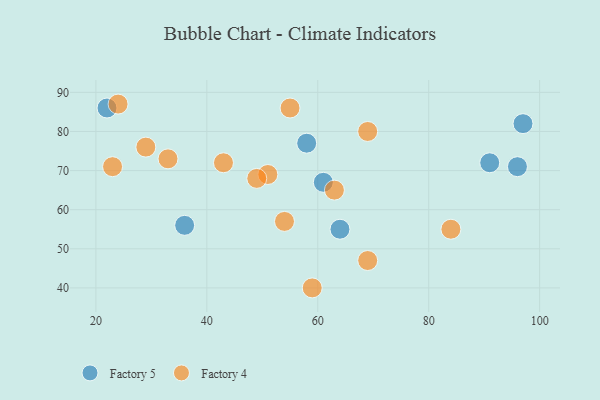
{"axis": {"x": "GDP", "y": "Life Expectancy"}, "legend": ["Factory 4", "Factory 5"], "data": [{"x": "64", "y": 55, "type": "Factory 5"}, {"x": "96", "y": 71, "type": "Factory 5"}, {"x": "36", "y": 56, "type": "Factory 5"}, {"x": "22", "y": 86, "type": "Factory 5"}, {"x": "61", "y": 67, "type": "Factory 5"}, {"x": "58", "y": 77, "type": "Factory 5"}, {"x": "97", "y": 82, "type": "Factory 5"}, {"x": "91", "y": 72, "type": "Factory 5"}, {"x": "24", "y": 87, "type": "Factory 4"}, {"x": "84", "y": 55, "type": "Factory 4"}, {"x": "55", "y": 86, "type": "Factory 4"}, {"x": "54", "y": 57, "type": "Factory 4"}, {"x": "51", "y": 69, "type": "Factory 4"}, {"x": "29", "y": 76, "type": "Factory 4"}, {"x": "49", "y": 68, "type": "Factory 4"}, {"x": "59", "y": 40, "type": "Factory 4"}, {"x": "23", "y": 71, "type": "Factory 4"}, {"x": "63", "y": 65, "type": "Factory 4"}, {"x": "69", "y": 47, "type": "Factory 4"}, {"x": "43", "y": 72, "type": "Factory 4"}, {"x": "69", "y": 80, "type": "Factory 4"}, {"x": "33", "y": 73, "type": "Factory 4"}]}